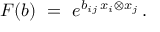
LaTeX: F ( b ) \ = \ e ^ { b _ { i j } \, x _ { i } \otimes x _ { j } } \, .